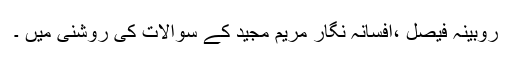
روبینہ فیصل ،افسانہ نگار مریم مجید کے سوالات کی روشنی میں ۔